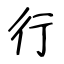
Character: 行